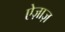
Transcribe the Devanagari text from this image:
ऐज़ाज़